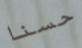
حسنا